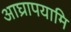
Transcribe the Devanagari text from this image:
आघ्रापयामि